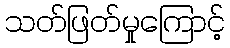
သတ်ဖြတ်မှုကြောင့်